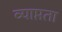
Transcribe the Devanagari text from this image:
व्याप्तता